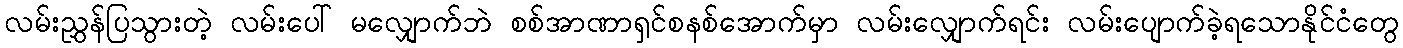
လမ်းညွှန်ပြသွားတဲ့ လမ်းပေါ် မလျှောက်ဘဲ စစ်အာဏာရှင်စနစ်အောက်မှာ လမ်းလျှောက်ရင်း လမ်းပျောက်ခဲ့ရသောနိုင်ငံတွေ